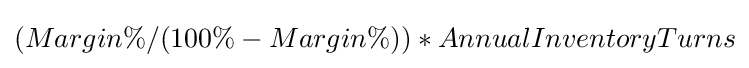
(Margin\%/(100\%-Margin\%))*AnnualInventoryTurns